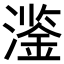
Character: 𱩔